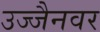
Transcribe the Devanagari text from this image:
उज्जैनवर